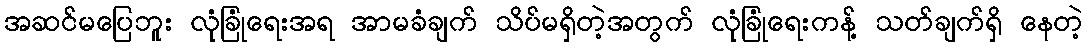
အဆင်မပြေဘူး လုံခြုံရေးအရ အာမခံချက် သိပ်မရှိတဲ့အတွက် လုံခြုံရေးကန့် သတ်ချက်ရှိ နေတဲ့